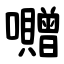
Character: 囎